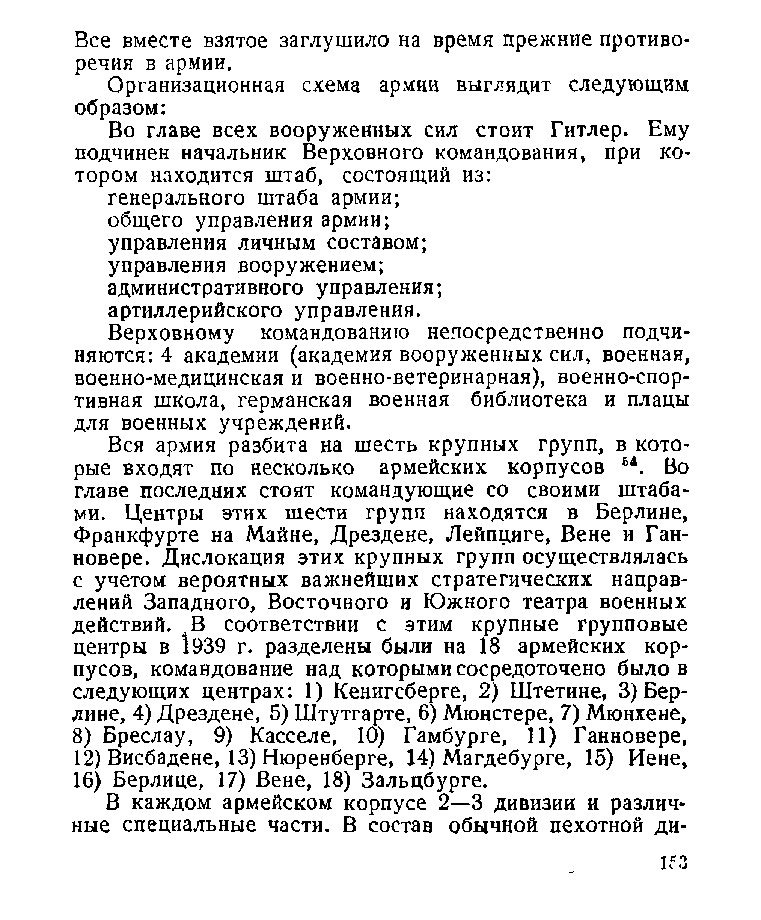
Все вместе взятое заглушило на время прежние противо­
 речия в армии.
 Организационная схема армии выглядит следующим
 образом:
 Во главе всех вооруженных сил стоит Гитлер. Ему
 подчинен начальник Верховного командования, при ко­
 тором находится штаб, состоящий из:
 генерального штаба армии;
 общего управления армии;
 управления личным составом;
 управления вооружением;
 административного управления;
 артиллерийского управления.
 Верховному командованию непосредственно подчи­
 няются: 4 академии (академия вооруженных сил, военная,
 военно-медицинская и военно-ветеринарная), военно-спор­
 тивная школа, германская военная библиотека и плацы
 для военных учреждений.
 Вся армия разбита на шесть крупных групп, в кото­
 рые входят по несколько армейских корпусов Б4. Во
 главе последних стоят командующие со своими штаба­
 ми. Центры этих шести групп находятся в Берлине,
 Франкфурте на Майне, Дрездене, Лейпциге, Вене и Ган­
 новере. Дислокация этих крупных групп осуществлялась
 с учетом вероятных важнейших стратегических направ­
 лений Западного, Восточного и Южного театра военных
 действий. лВ соответствии с этим крупные групповые
 центры в 1939 г. разделены были на 18 армейских кор­
 пусов, командование над которыми сосредоточено было в
 следующих центрах: 1) Кенигсберге, 2) Штетине, 3) Бер­
 лине, 4) Дрездене, 5) Штутгарте, 6) Мюнстере, 7) Мюнхене,
 8) Бреслау, 9) Касселе, 10) Гамбурге, 11) Ганновере,
 12) Висбадене, 13) Нюренберге, 14) Магдебурге, 15) Иене,
 16) Берлине, 17) Вене, 18) Зальцбурге.
 В каждом армейском корпусе 2—3 дивизии и различ­
 ные специальные части. В состав обычной пехотной ди­